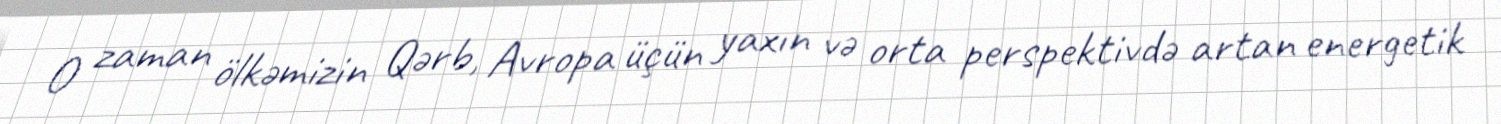
O zaman ölkəmizin Qərb, Avropa üçün yaxın və orta perspektivdə artan energetik